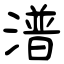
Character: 潽